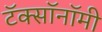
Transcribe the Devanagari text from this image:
टॅक्सॉनॉमी